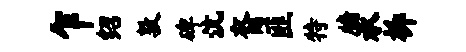
乍绍敦碑沆裔匪特牖承柝